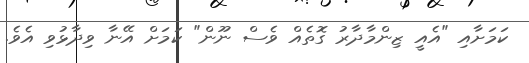
ކަމަށާއި "އެއީ ޒިންމާދާރު ގޮތެއް ވެސް ނޫން" ކަމަށް އޭނާ ވިދާޅުވި އެވެ.